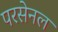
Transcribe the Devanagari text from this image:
परसेनल